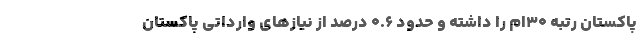
پاکستان رتبه ۳۰ام را داشته و حدود ۰.۶ درصد از نیازهای وارداتی پاکستان